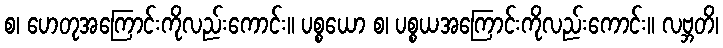
စ၊ ဟေတုအကြောင်းကိုလည်းကောင်း။ ပစ္စယော စ၊ ပစ္စယအကြောင်းကိုလည်းကောင်း။ လဗ္ဘတိ၊